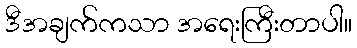
ဒီအချက်ကသာ အရေးကြီးတာပါ။